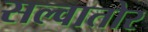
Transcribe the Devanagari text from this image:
सल्वातोर